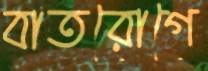
বাতরোগে